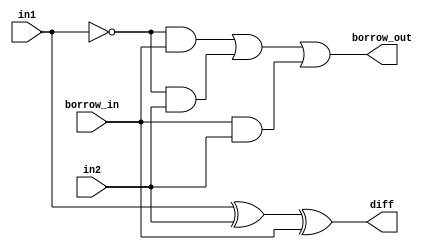
//Developed by: Aashi Srivastava
// TITLE: Full Subtractor using continuous assignment

module full_sub_CA(
    diff,borrow_out,in1,in2,borrow_in
);
input in1,in2, borrow_in;
output diff, borrow_out;
assign diff=(in1^in2)^borrow_in;
assign borrow_out=(~in1 & borrow_in)|(~in1 & in2)|(borrow_in & in2);
endmodule